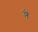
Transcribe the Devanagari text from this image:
ञें